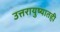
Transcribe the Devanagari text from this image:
उत्तरायुष्यातही